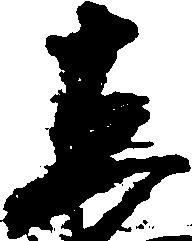
し